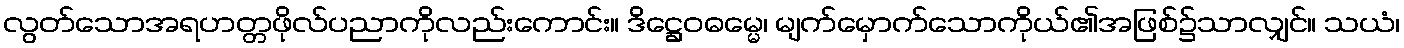
လွတ်သောအရဟတ္တဖိုလ်ပညာကိုလည်းကောင်း။ ဒိဋ္ဌေဝဓမ္မေ၊ မျက်မှောက်သောကိုယ်၏အဖြစ်၌သာလျှင်။ သယံ၊